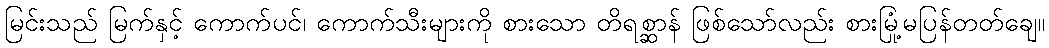
မြင်းသည် မြက်နှင့် ကောက်ပင်၊ ကောက်သီးများကို စားသော တိရစ္ဆာန် ဖြစ်သော်လည်း စားမြုံ့မပြန်တတ်ချေ။